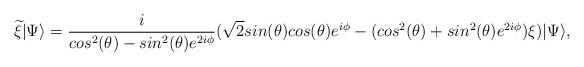
LaTeX: \begin{align*}{\widetilde \xi}|\Psi \rangle =\frac{i}{cos^2(\theta)-sin^2(\theta)e^{2i\phi}}(\sqrt{2}sin(\theta)cos(\theta)e^{i\phi} -(cos^2(\theta)+sin^2(\theta)e^{2i\phi})\xi)|\Psi\rangle,\end{align*}